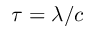
\tau = \lambda / c